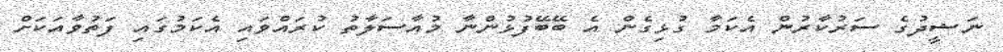
ނަޝީދުގެ ސަރުކާރުން އެކަމާ ގުޅިގެން އެ ބޭބޭފުޅުންނާ މުއާސަލާތު ކުރައްވައި އެކަމުގައި ފަތުވާއަކަށް